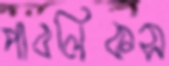
পাবলিকস